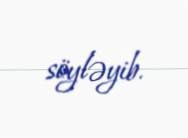
söyləyib.